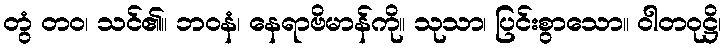
တွံ တဝ၊ သင်၏။ ဘဝနံ၊ နေရာဗိမာန်ကို။ သုသာ၊ ပြင်းစွာသော။ ဝါတဝုဋ္ဌိ၊